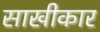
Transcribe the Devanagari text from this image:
साखीकार